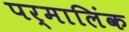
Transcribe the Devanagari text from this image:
पर्मालिंक